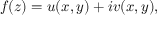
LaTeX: f ( z ) = u ( x , y ) + i v ( x , y ) ,